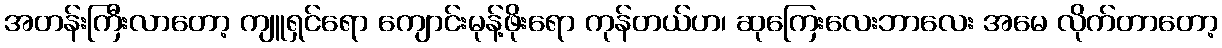
အတန်းကြီးလာတော့ ကျူရှင်ရော ကျောင်းမုန့်ဖိုးရော ကုန်တယ်ဟ၊ ဆုကြေးလေးဘာလေး အမေ လိုက်တာတော့